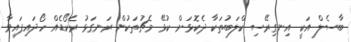
ބާސެލް އަކީ އިނގިރޭސި ކްލަބުތަކާ ދެކޮޅަށް ކުޅޭ މެޗުތަކުން ރަނގަޅު ރެކޯޑެއް ހޯދައިފައިވާ